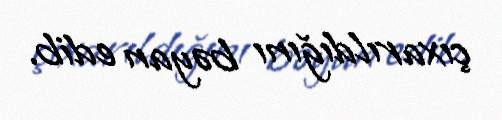
çıxarıldığını bəyan edib.